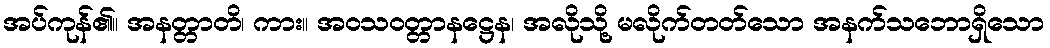
အပ်ကုန်၏။ အနတ္တာတိ၊ ကား။ အဝသဝတ္တာနဋ္ဌေန၊ အလိုသို့ မလိုက်တတ်သော အနက်သဘောရှိသော